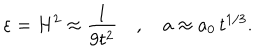
LaTeX: \varepsilon = H ^ { 2 } \approx \frac { 1 } { 9 t ^ { 2 } } \quad , \quad a \approx a _ { 0 } \, t ^ { 1 / 3 } .